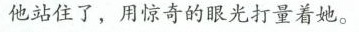
他站住了，用惊奇的眼光打量着她。